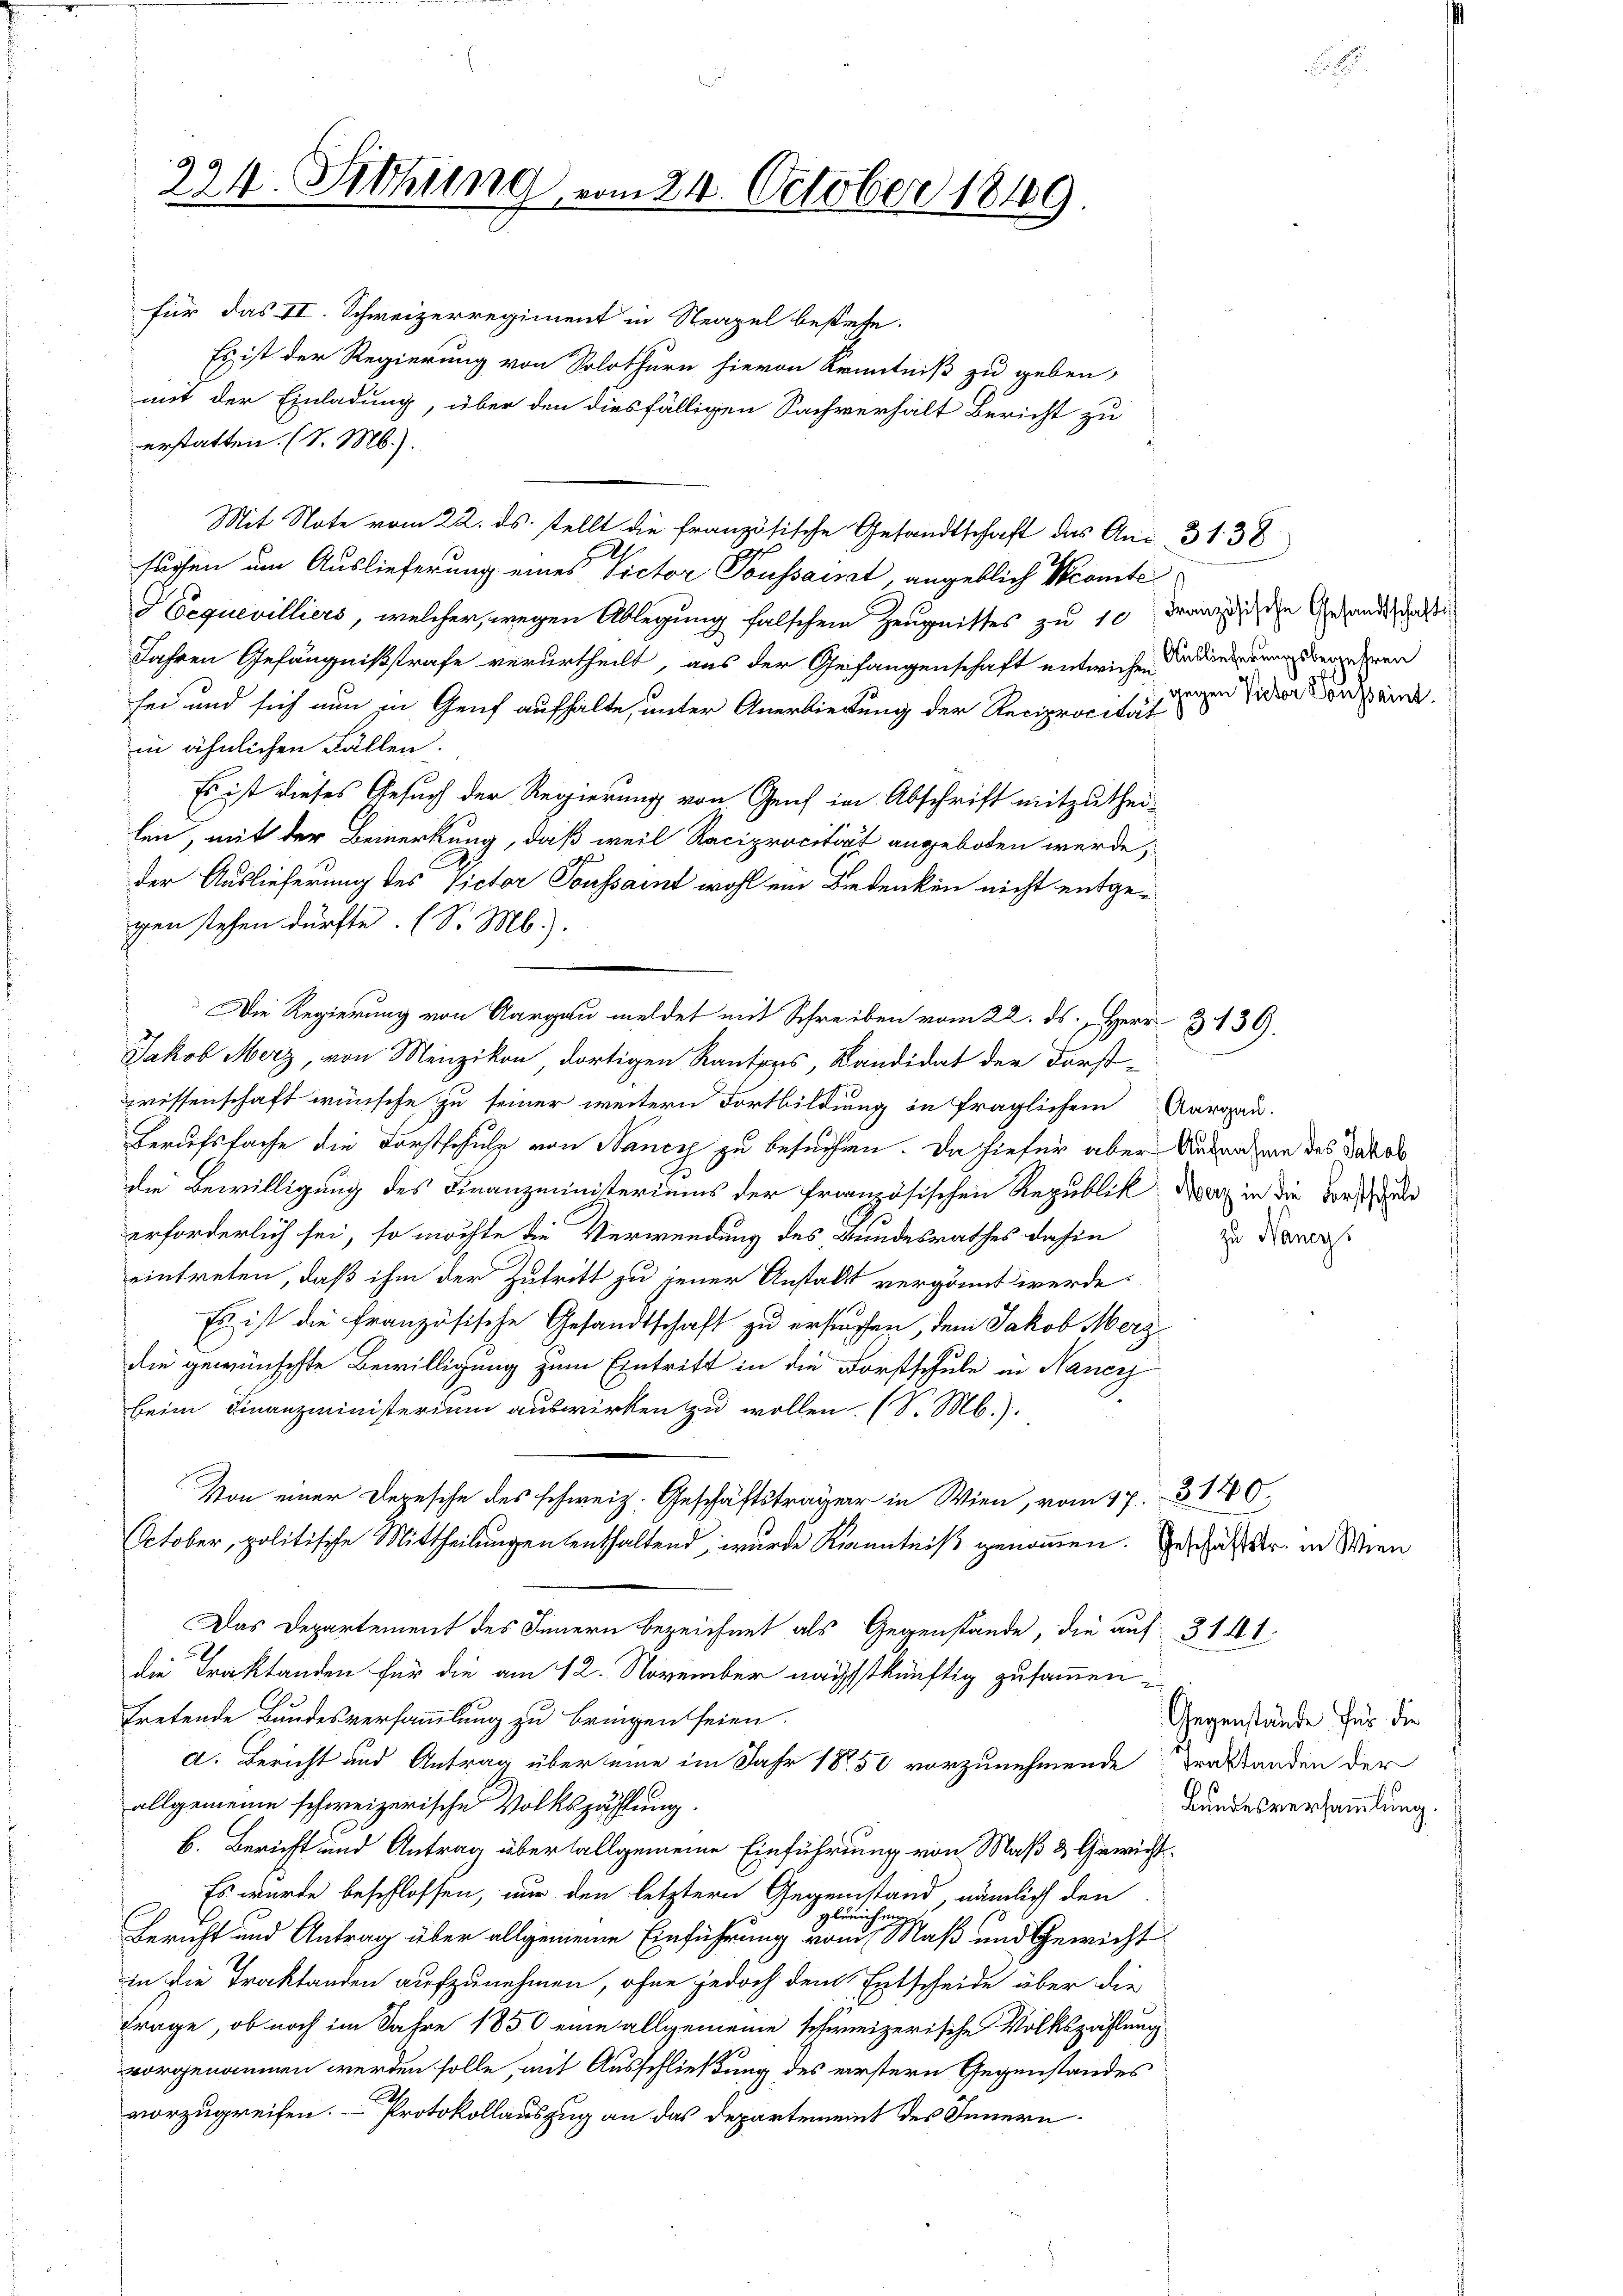
224. Sitzung vom 24. October 1849.

für das II. Schweizerregiment in Neapel bestehe.
Es ist der Regierung von Solothurn hievon Kenntniß zu geben,
mit der Einladung, über den diesfälligen Sachverhält Bericht zu
erstatten. (S. M.).
Mit Note vom 22. ds. stellt die französische Gesandtschaft das An- 31. 38
suchen um Auslieferung eines Victor Toussait, angeblich Sconte
HEequevilliers, welcher, wegen Ablegung falschen Zeugnisses zu 10 Mannische Gesandtschaften
Jahren Gefängnißstrafe verurtheilt, aus der Gefangenschaft entwichen Indierung dem ehren
sei und sich nun in Genf aufhalte, unter Anerbietung der Reciprocität
in ähnlichen Fällen.
Es ist dieses Gesuch der Regierung von Genf in Abschrift mitzuthei-
len, mit der Bemerkung, daß weil Reciprocität angeboten werde,
der Auslieferung des Victor Toussamt wohl ein Bedenken nicht entgegen stehen dürfte. (S. M.).
Jakob Merz, von Menzikon, dortigen Rantons, Kandidat der Forst-
rissenschaft wünsche zu seiner weitern Fortbildung in fraglichem Aargau.
Berufsfache die Fortschulz von Nancy zu besuchen. Da hiefür aber Ausnahm des Dato
die Bewilligung des Finanzministeriums der französischen Republick der in die Vorsch
erforderlich sei, so möchte die Verwendung des Bundesrathes dahin
eintreten, daß ihm der Zutritt zu jener Anstalt vergönnt werde.
Es ist die französische Gesandtschaft zu ersuchen, dem Jakob Merz
die gewünschte Bewilligung zum Eintritt in die Forstschule in Nancy
beim Finanzministerium auswirken zu wollen. (S. M.).
Von einer Depesche des schweiz. Geschäftsträger in Wien, vom 17. 31760.
October, politische Mittheilungen enthaltend, wurde Kenntniß genommen. Geschäftstr. in Wien
Das Departement des Innern bezeichnet als Gegenstände, die auf 314 1
8
die Traktanden für die am 12. November nächstkünftig zusammentretende Bundesversammlung zu bringen seien.
d. Bericht und Antrag über eine im Jahr 1850 vorzunehmende Traktanden der
allgemeine schweizerische Volkszählung.
b. Bericht und Antrag übertallgemeine Einführung von Maß & Gewicht¬
Es wurde beschlossen, nur den letztern Gegenstand nämlich den
 gleichung
Bericht und Antrag über allgemeine Einführung vom Maß und Gewicht
in die Traktanden aufzunehmen, ohne jedoch dem Entscheide über die
Frage, ob noch im Jahre 1850 eine allgemeine schweizerische Volkszählung
vorgenommen werden solle, mit Ausschließung des erstern Gegenstandes
vorzugreifen. - Protokollauszug an das Departemeint des Innern.

Die Regierung von Aargau meldet mit Schreiben vom 22. ds. Herr Z. 139.

gegen Victor Voussaint.

zu Nancy

Gegenstände für die
Bundesversammlung.